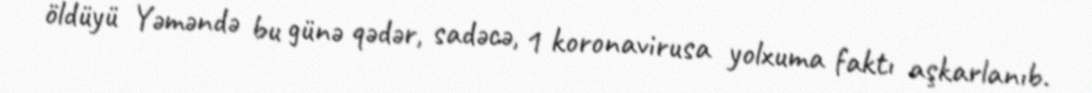
öldüyü Yəməndə bu günə qədər, sadəcə, 1 koronavirusa yolxuma faktı aşkarlanıb.